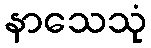
နာသေသုံ